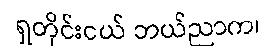
ရှတိုင်းငယ် ဘယ်ညာက၊